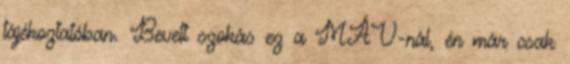
tájékoztatóban. Bevett szokás ez a MÁV-nál, én már csak